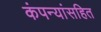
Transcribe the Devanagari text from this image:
कंपन्यांसहित